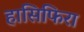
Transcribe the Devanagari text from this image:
हासिफिरा